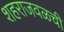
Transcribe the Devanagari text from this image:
शहराजवळची